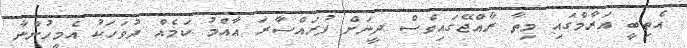
އެތިބީ އަރާމްގައި މިތާ ރާއްޖޭގައިވެސް ދީނަށް ފުރައްސާރަ ޢާއްމު ކަމެއް ދުވަހަކު އެމީހުންނާ